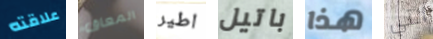
علاقته المعاق اطير باتيل هذا التي